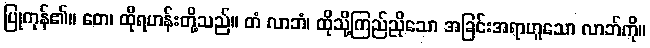
ပြုကုန်၏။ တေ၊ ထိုရဟန်းတို့သည်။ တံ လာဘံ၊ ထိုသို့ကြည်ညိုသော အခြင်းအရာဟူသော လာဘ်ကို။